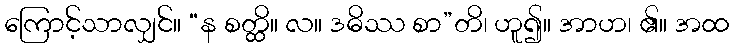
ကြောင့်သာလျှင်။ “န စတ္ထိ။ လ။ ဒဓိဿ စာ”တိ၊ ဟူ၍။ အာဟ၊ ၏။ အထ